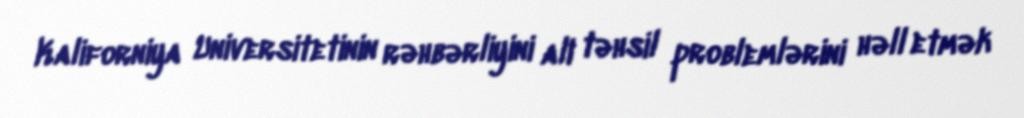
Kaliforniya Universitetinin rəhbərliyini ali təhsil problemlərini həll etmək